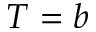
T = b